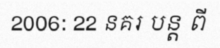
2006: 22 នគរ បន្ត ពី